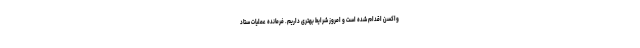
واکسن اقدام شده است و امروز شرایط بهتری داریم. فرمانده عملیات ستاد